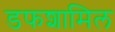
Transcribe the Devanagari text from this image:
डफशामिल